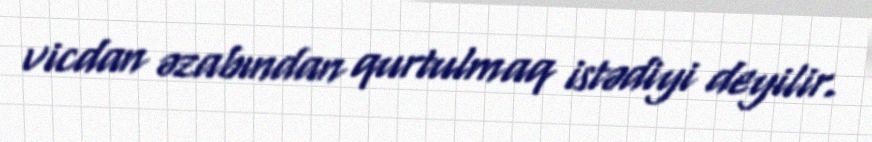
vicdan əzabından qurtulmaq istədiyi deyilir.